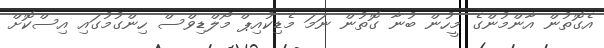
އެގޮތުން އާންމުންގެ މީހުން ބުނާ ގޮތުން ނަމަ މެޑިކުއިޕް މޯލްޑިވްސް ހިންގުމުގައި އިސްކޮށް